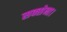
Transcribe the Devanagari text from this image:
सक्सेना।